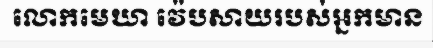
លោកមេឃា វ៉េបសាយរបស់អ្នកមាន